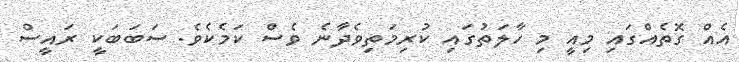
އެއް ގޮތެއްގައި މިއީ މި ހާލަތުގައި ކުރިމަތިވެދާނެ ވެސް ކަމެކެވެ. ސަބަބަކީ ރައީސް